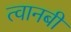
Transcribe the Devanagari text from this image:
त्वानबी